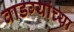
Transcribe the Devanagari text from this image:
वाडग्यांच्या